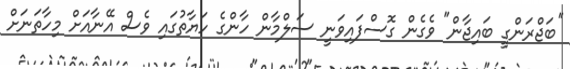
''ބަޖްރަންގީ ބައިޖާން" ވެގެން ގޮސްފައިވަނީ ސަލްމާން ހާންގެ ހަޔާތުގައި ވެސް އޭނާއަށް މިހާތަނަށް